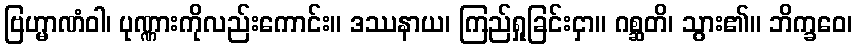
ဗြဟ္မာဏံဝါ၊ ပုဏ္ဏားကိုလည်းကောင်း။ ဒဿနာယ၊ ကြည်ရှုခြင်းငှာ။ ဂစ္ဆတိ၊ သွား၏။ ဘိက္ခဝေ၊